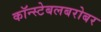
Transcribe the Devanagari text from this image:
कॉन्स्टेबलबरोबर